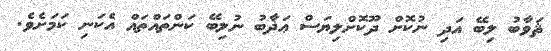
ޘަވާބު ލިބޭ އަދި ނުކޮށް ދޫކޮށްލިޔަސް ޢަޛާބު ނުލިބޭ ކަންތައްތައް އެކަނި ކަމަށެވެ.